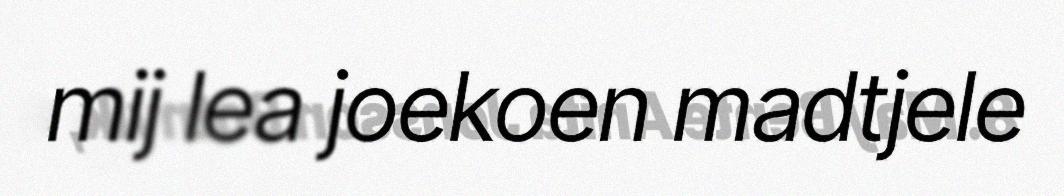
mij lea joekoen madtjele